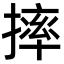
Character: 摔